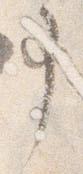
事